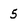
Character: 5